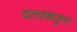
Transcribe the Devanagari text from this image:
दलाकडुन